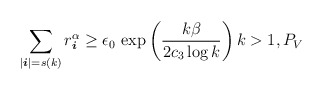
\begin{align*} \sum_{ | \boldsymbol{i} | = s(k) } r_{ \boldsymbol{i} }^ \alpha \geq \epsilon _0\, \exp\left(\frac{k\beta}{ 2c_3 \log k}\right) k >1 , P_V \end{align*}